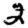
Digit: 2